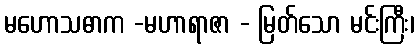
မဟောသဓာက -မဟာရာဇာ - မြတ်သော မင်းကြီး၊